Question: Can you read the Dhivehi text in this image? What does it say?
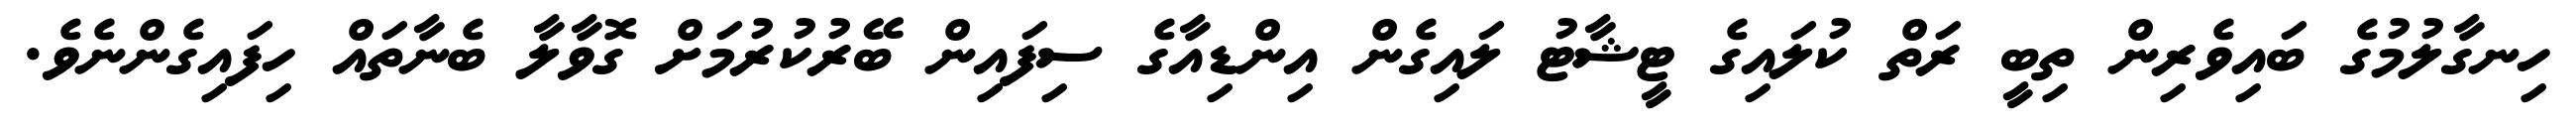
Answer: ހިނގާލުމުގެ ބައިވެރިން ތިބީ ރަތް ކުލައިގެ ޓީޝާޓު ލައިގެން އިންޑިއާގެ ސިފައިން ބޭރުކުރުމަށް ގޮވާލާ ބެނާތައް ހިފައިގެންނެވެ.